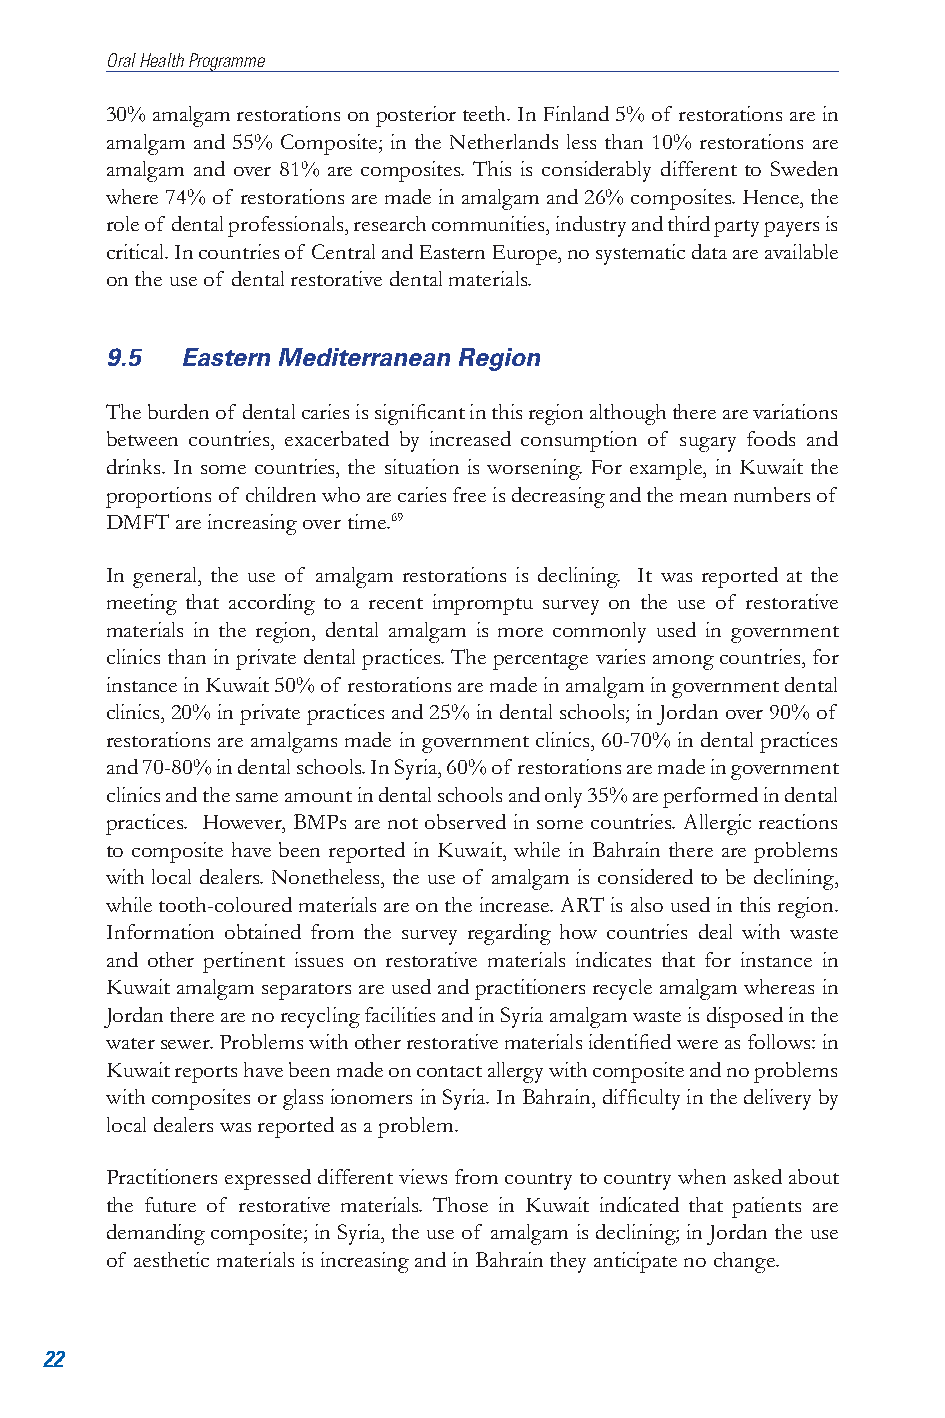
Oral Health Programme
 30% amalgam restorations on posterior teeth. In Finland 5% of restorations are in
 amalgam and 55% Composite; in the Netherlands less than 10% restorations are
 amalgam and over 81% are composites. This is considerably different to Sweden
 where 74% of restorations are made in amalgam and 26% composites. Hence, the
 role of dental professionals, research communities, industry and third party payers is
 critical. In countries of Central and Eastern Europe, no systematic data are available
 on the use of dental restorative dental materials.
 9.5  Eastern Mediterranean Region
 The burden of dental caries is significant in this region although there are variations
 between countries, exacerbated by increased consumption of sugary foods and
 drinks. In some countries, the situation is worsening. For example, in Kuwait the
 proportions of children who are caries free is decreasing and the mean numbers of
 DMFT are increasing over time.69
 In general, the use of amalgam restorations is declining. It was reported at the
 meeting that according to a recent impromptu survey on the use of restorative
 materials in the region, dental amalgam is more commonly used in government
 clinics than in private dental practices. The percentage varies among countries, for
 instance in Kuwait 50% of restorations are made in amalgam in government dental
 clinics, 20% in private practices and 25% in dental schools; in Jordan over 90% of
 restorations are amalgams made in government clinics, 60-70% in dental practices
 and 70-80% in dental schools. In Syria, 60% of restorations are made in government
 clinics and the same amount in dental schools and only 35% are performed in dental
 practices. However, BMPs are not observed in some countries. Allergic reactions
 to composite have been reported in Kuwait, while in Bahrain there are problems
 with local dealers. Nonetheless, the use of amalgam is considered to be declining,
 while tooth-coloured materials are on the increase. ART is also used in this region.
 Information obtained from the survey regarding how countries deal with waste
 and other pertinent issues on restorative materials indicates that for instance in
 Kuwait amalgam separators are used and practitioners recycle amalgam whereas in
 Jordan there are no recycling facilities and in Syria amalgam waste is disposed in the
 water sewer. Problems with other restorative materials identified were as follows: in
 Kuwait reports have been made on contact allergy with composite and no problems
 with composites or glass ionomers in Syria. In Bahrain, difficulty in the delivery by
 local dealers was reported as a problem.
 Practitioners expressed different views from country to country when asked about
 the future of restorative materials. Those in Kuwait indicated that patients are
 demanding composite; in Syria, the use of amalgam is declining; in Jordan the use
 of aesthetic materials is increasing and in Bahrain they anticipate no change.
 22